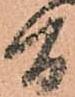
間